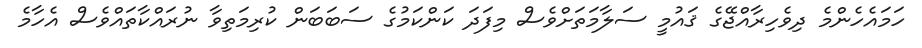
ހަމައެހެންމެ ދިވެހިރާއްޖޭގެ ޤައުމީ ސަލާމަތަށްވެސް މިފަދަ ކަންކަމުގެ ސަބަބަން ކުރިމަތިވާ ނުރައްކާތައްވެސް އެހާމެ